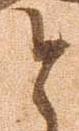
と